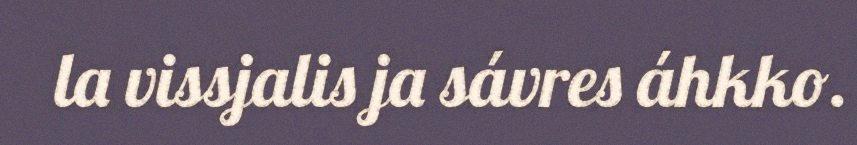
la vissjalis ja sávres áhkko.